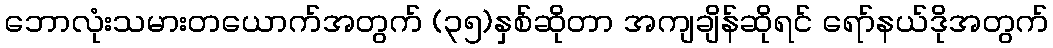
ဘောလုံးသမားတယောက်အတွက် (၃၅)နှစ်ဆိုတာ အကျချိန်ဆိုရင် ရော်နယ်ဒိုအတွက်